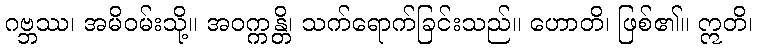
ဂဗ္ဘဿ၊ အမိဝမ်းသို့။ အဝက္ကန္တိ၊ သက်ရောက်ခြင်းသည်။ ဟောတိ၊ ဖြစ်၏။ ဣတိ၊